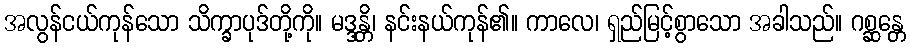
အလွန်ငယ်ကုန်သော သိက္ခာပုဒ်တို့ကို။ မဒ္ဒန္တိ၊ နင်းနယ်ကုန်၏။ ကာလေ၊ ရှည်မြင့်စွာသော အခါသည်။ ဂစ္ဆန္တေ